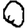
Digit: 0